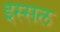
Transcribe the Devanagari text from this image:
इस्सल